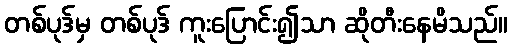
တစ်ပုဒ်မှ တစ်ပုဒ် ကူးပြောင်း၍သာ ဆိုတီးနေမိသည်။